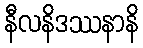
နီလနိဒဿနာနိ